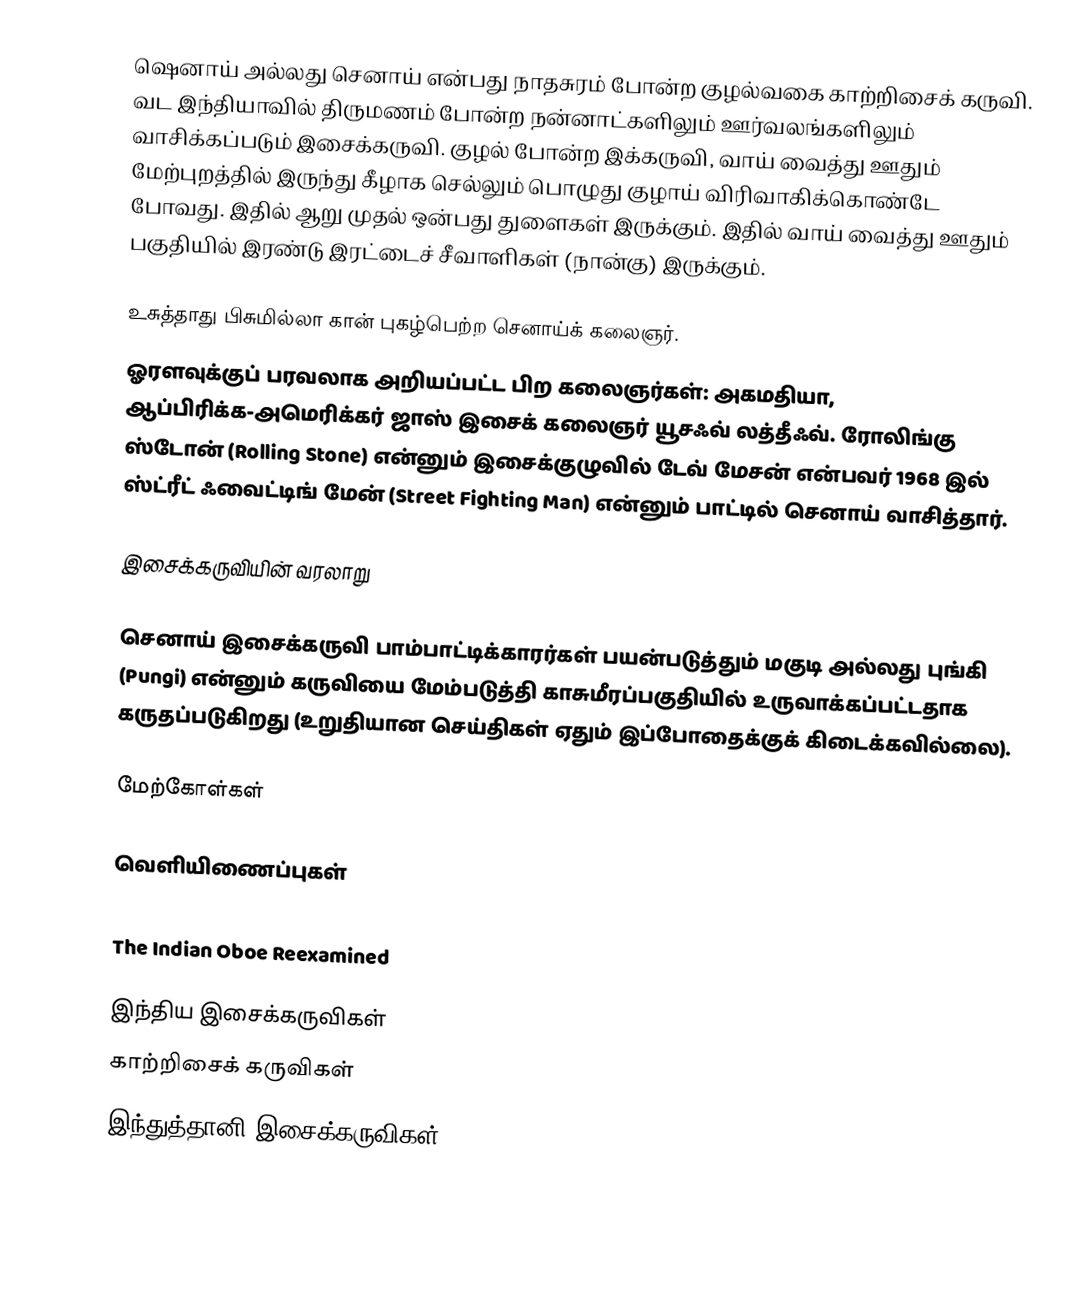
ஷெனாய் அல்லது செனாய் என்பது நாதசுரம் போன்ற குழல்வகை காற்றிசைக் கருவி. வட இந்தியாவில் திருமணம் போன்ற நன்னாட்களிலும் ஊர்வலங்களிலும் வாசிக்கப்படும் இசைக்கருவி. குழல் போன்ற இக்கருவி, வாய் வைத்து ஊதும் மேற்புறத்தில் இருந்து கீழாக செல்லும் பொழுது குழாய் விரிவாகிக்கொண்டே போவது. இதில் ஆறு முதல் ஒன்பது துளைகள் இருக்கும். இதில் வாய் வைத்து ஊதும் பகுதியில் இரண்டு இரட்டைச் சீவாளிகள் (நான்கு) இருக்கும்.

உசுத்தாது பிசுமில்லா கான் புகழ்பெற்ற செனாய்க் கலைஞர்.
ஓரளவுக்குப் பரவலாக அறியப்பட்ட பிற கலைஞர்கள்: அகமதியா, ஆப்பிரிக்க-அமெரிக்கர் ஜாஸ் இசைக் கலைஞர் யூசஃவ் லத்தீஃவ். ரோலிங்கு ஸ்டோன் (Rolling Stone) என்னும் இசைக்குழுவில் டேவ் மேசன் என்பவர் 1968 இல் ஸ்ட்ரீட் ஃவைட்டிங் மேன் (Street Fighting Man) என்னும் பாட்டில் செனாய் வாசித்தார்.

இசைக்கருவியின் வரலாறு

செனாய் இசைக்கருவி பாம்பாட்டிக்காரர்கள் பயன்படுத்தும் மகுடி அல்லது புங்கி (Pungi) என்னும் கருவியை மேம்படுத்தி காசுமீரப்பகுதியில் உருவாக்கப்பட்டதாக கருதப்படுகிறது (உறுதியான செய்திகள் ஏதும் இப்போதைக்குக் கிடைக்கவில்லை).

மேற்கோள்கள்

வெளியிணைப்புகள்
 Listen to Shehnai online on DeshGujarat.Com
 The Indian Oboe Reexamined

இந்திய இசைக்கருவிகள்
காற்றிசைக் கருவிகள்
இந்துத்தானி இசைக்கருவிகள்